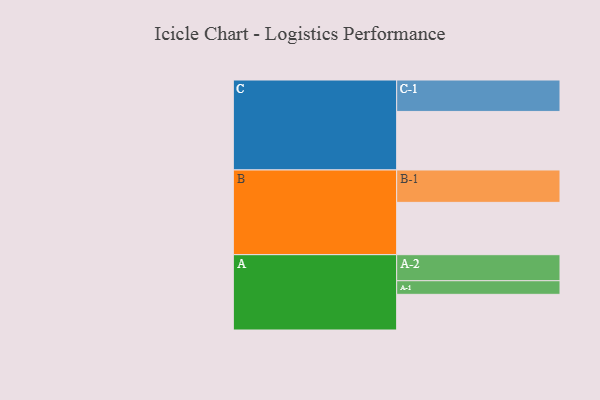
{"axis": {"x": "Segment", "y": "Value"}, "legend": ["", "A", "B", "C"], "data": [{"x": "A", "y": 304, "type": ""}, {"x": "B", "y": 446, "type": ""}, {"x": "C", "y": 499, "type": ""}, {"x": "A-1", "y": 116, "type": "A"}, {"x": "A-2", "y": 222, "type": "A"}, {"x": "B-1", "y": 276, "type": "B"}, {"x": "C-1", "y": 268, "type": "C"}]}